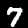
Label: 7